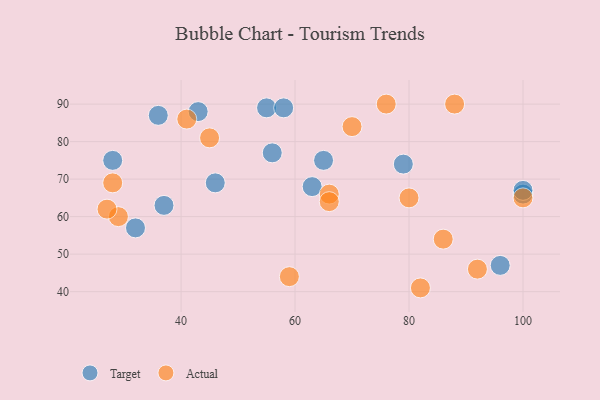
{"axis": {"x": "GDP", "y": "Life Expectancy"}, "legend": ["Actual", "Target"], "data": [{"x": "79", "y": 74, "type": "Target"}, {"x": "28", "y": 75, "type": "Target"}, {"x": "96", "y": 47, "type": "Target"}, {"x": "55", "y": 89, "type": "Target"}, {"x": "65", "y": 75, "type": "Target"}, {"x": "63", "y": 68, "type": "Target"}, {"x": "36", "y": 87, "type": "Target"}, {"x": "32", "y": 57, "type": "Target"}, {"x": "43", "y": 88, "type": "Target"}, {"x": "100", "y": 66, "type": "Target"}, {"x": "58", "y": 89, "type": "Target"}, {"x": "46", "y": 69, "type": "Target"}, {"x": "37", "y": 63, "type": "Target"}, {"x": "56", "y": 77, "type": "Target"}, {"x": "100", "y": 67, "type": "Target"}, {"x": "80", "y": 65, "type": "Actual"}, {"x": "92", "y": 46, "type": "Actual"}, {"x": "66", "y": 66, "type": "Actual"}, {"x": "66", "y": 64, "type": "Actual"}, {"x": "28", "y": 69, "type": "Actual"}, {"x": "45", "y": 81, "type": "Actual"}, {"x": "29", "y": 60, "type": "Actual"}, {"x": "27", "y": 62, "type": "Actual"}, {"x": "59", "y": 44, "type": "Actual"}, {"x": "70", "y": 84, "type": "Actual"}, {"x": "86", "y": 54, "type": "Actual"}, {"x": "76", "y": 90, "type": "Actual"}, {"x": "100", "y": 65, "type": "Actual"}, {"x": "82", "y": 41, "type": "Actual"}, {"x": "88", "y": 90, "type": "Actual"}, {"x": "41", "y": 86, "type": "Actual"}]}